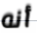
أنه